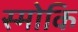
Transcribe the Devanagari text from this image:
स्मोकि